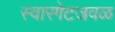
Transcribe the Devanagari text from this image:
स्वारगेटजवळ